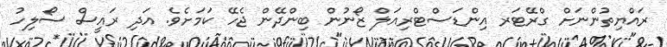
ރައްޔިތުންނަށް ގްރޭޓަރ އިންޑަސްޓްރިއަލް ޒޯނުން ބިންދޭން ޖެހޭ ކަމަށެވެ. އަދި ރައީސް ސޯލިހު